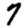
Digit: 7